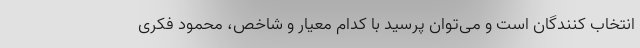
انتخاب کنندگان است و می‌توان پرسید با کدام معیار و شاخص، محمود فکری